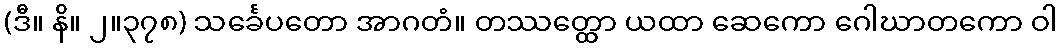
(ဒီ။ နိ။ ၂။၃၇၈) သင်္ခေပတော အာဂတံ။ တဿတ္ထော ယထာ ဆေကော ဂေါဃာတကော ဝါ